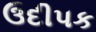
ઉદીપક